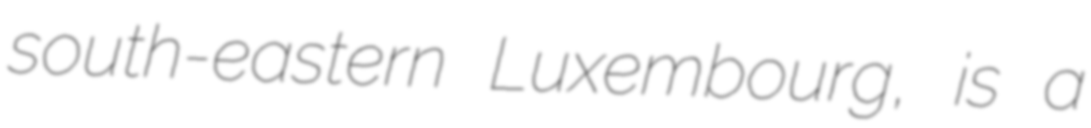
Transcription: south-eastern Luxembourg, is a